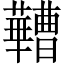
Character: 𬟠